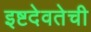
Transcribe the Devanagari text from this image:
इष्टदेवतेची